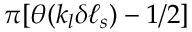
\pi [ \theta ( k _ { l } \delta \ell _ { s } ) - 1 / 2 ]